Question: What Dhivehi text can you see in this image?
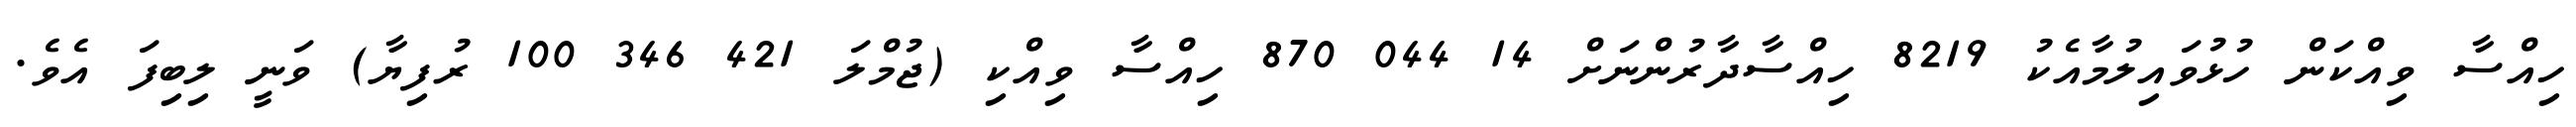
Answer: ހިއްސާ ވިއްކަން ހުޅުވައިލުމާއެކު 8219 ހިއްސާދާރުންނަށް 14 044 870 ހިއްސާ ވިއްކި (ޖުމްލަ 421 346 100 ރުފިޔާ) ވަނީ ލިބިފަ އެވެ.